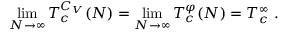
\operatorname * { l i m } _ { N \to \infty } T _ { c } ^ { C _ { V } } ( N ) = \operatorname * { l i m } _ { N \to \infty } T _ { c } ^ { \varphi } ( N ) = T _ { c } ^ { \infty } \, \, .